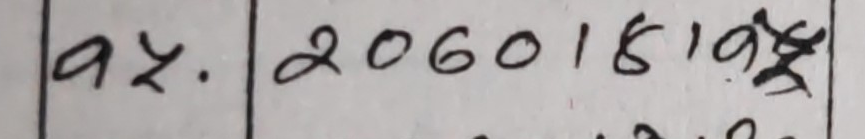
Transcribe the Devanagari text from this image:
१५. २०६०।६।१९ त्र